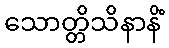
သောတ္တိသိနာနိံ